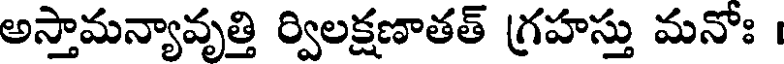
అస్తామన్యావృత్తి ర్విలక్షణాతత్ గ్రహస్తు మనోః ।